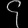
Digit: ၄